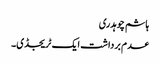
ہاشم چوہدری
عدم برداشت ایک ٹریجڈی۔